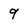
Character: 9